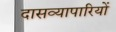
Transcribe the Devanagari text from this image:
दासव्यापारियों